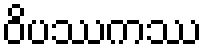
ဝိပဿကဿ